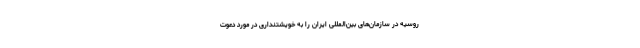
روسیه در سازمان‌های بین‌المللی ایران را به خویشتنداری در مورد دعوت